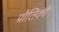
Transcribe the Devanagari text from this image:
प्रोतिको